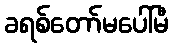
ခရစ်တော်မပေါ်မီ